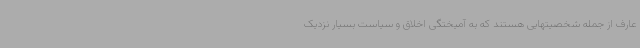
عارف از جمله شخصیتهایی هستند که به آمیختگی اخلاق و سیاست بسیار نزدیک